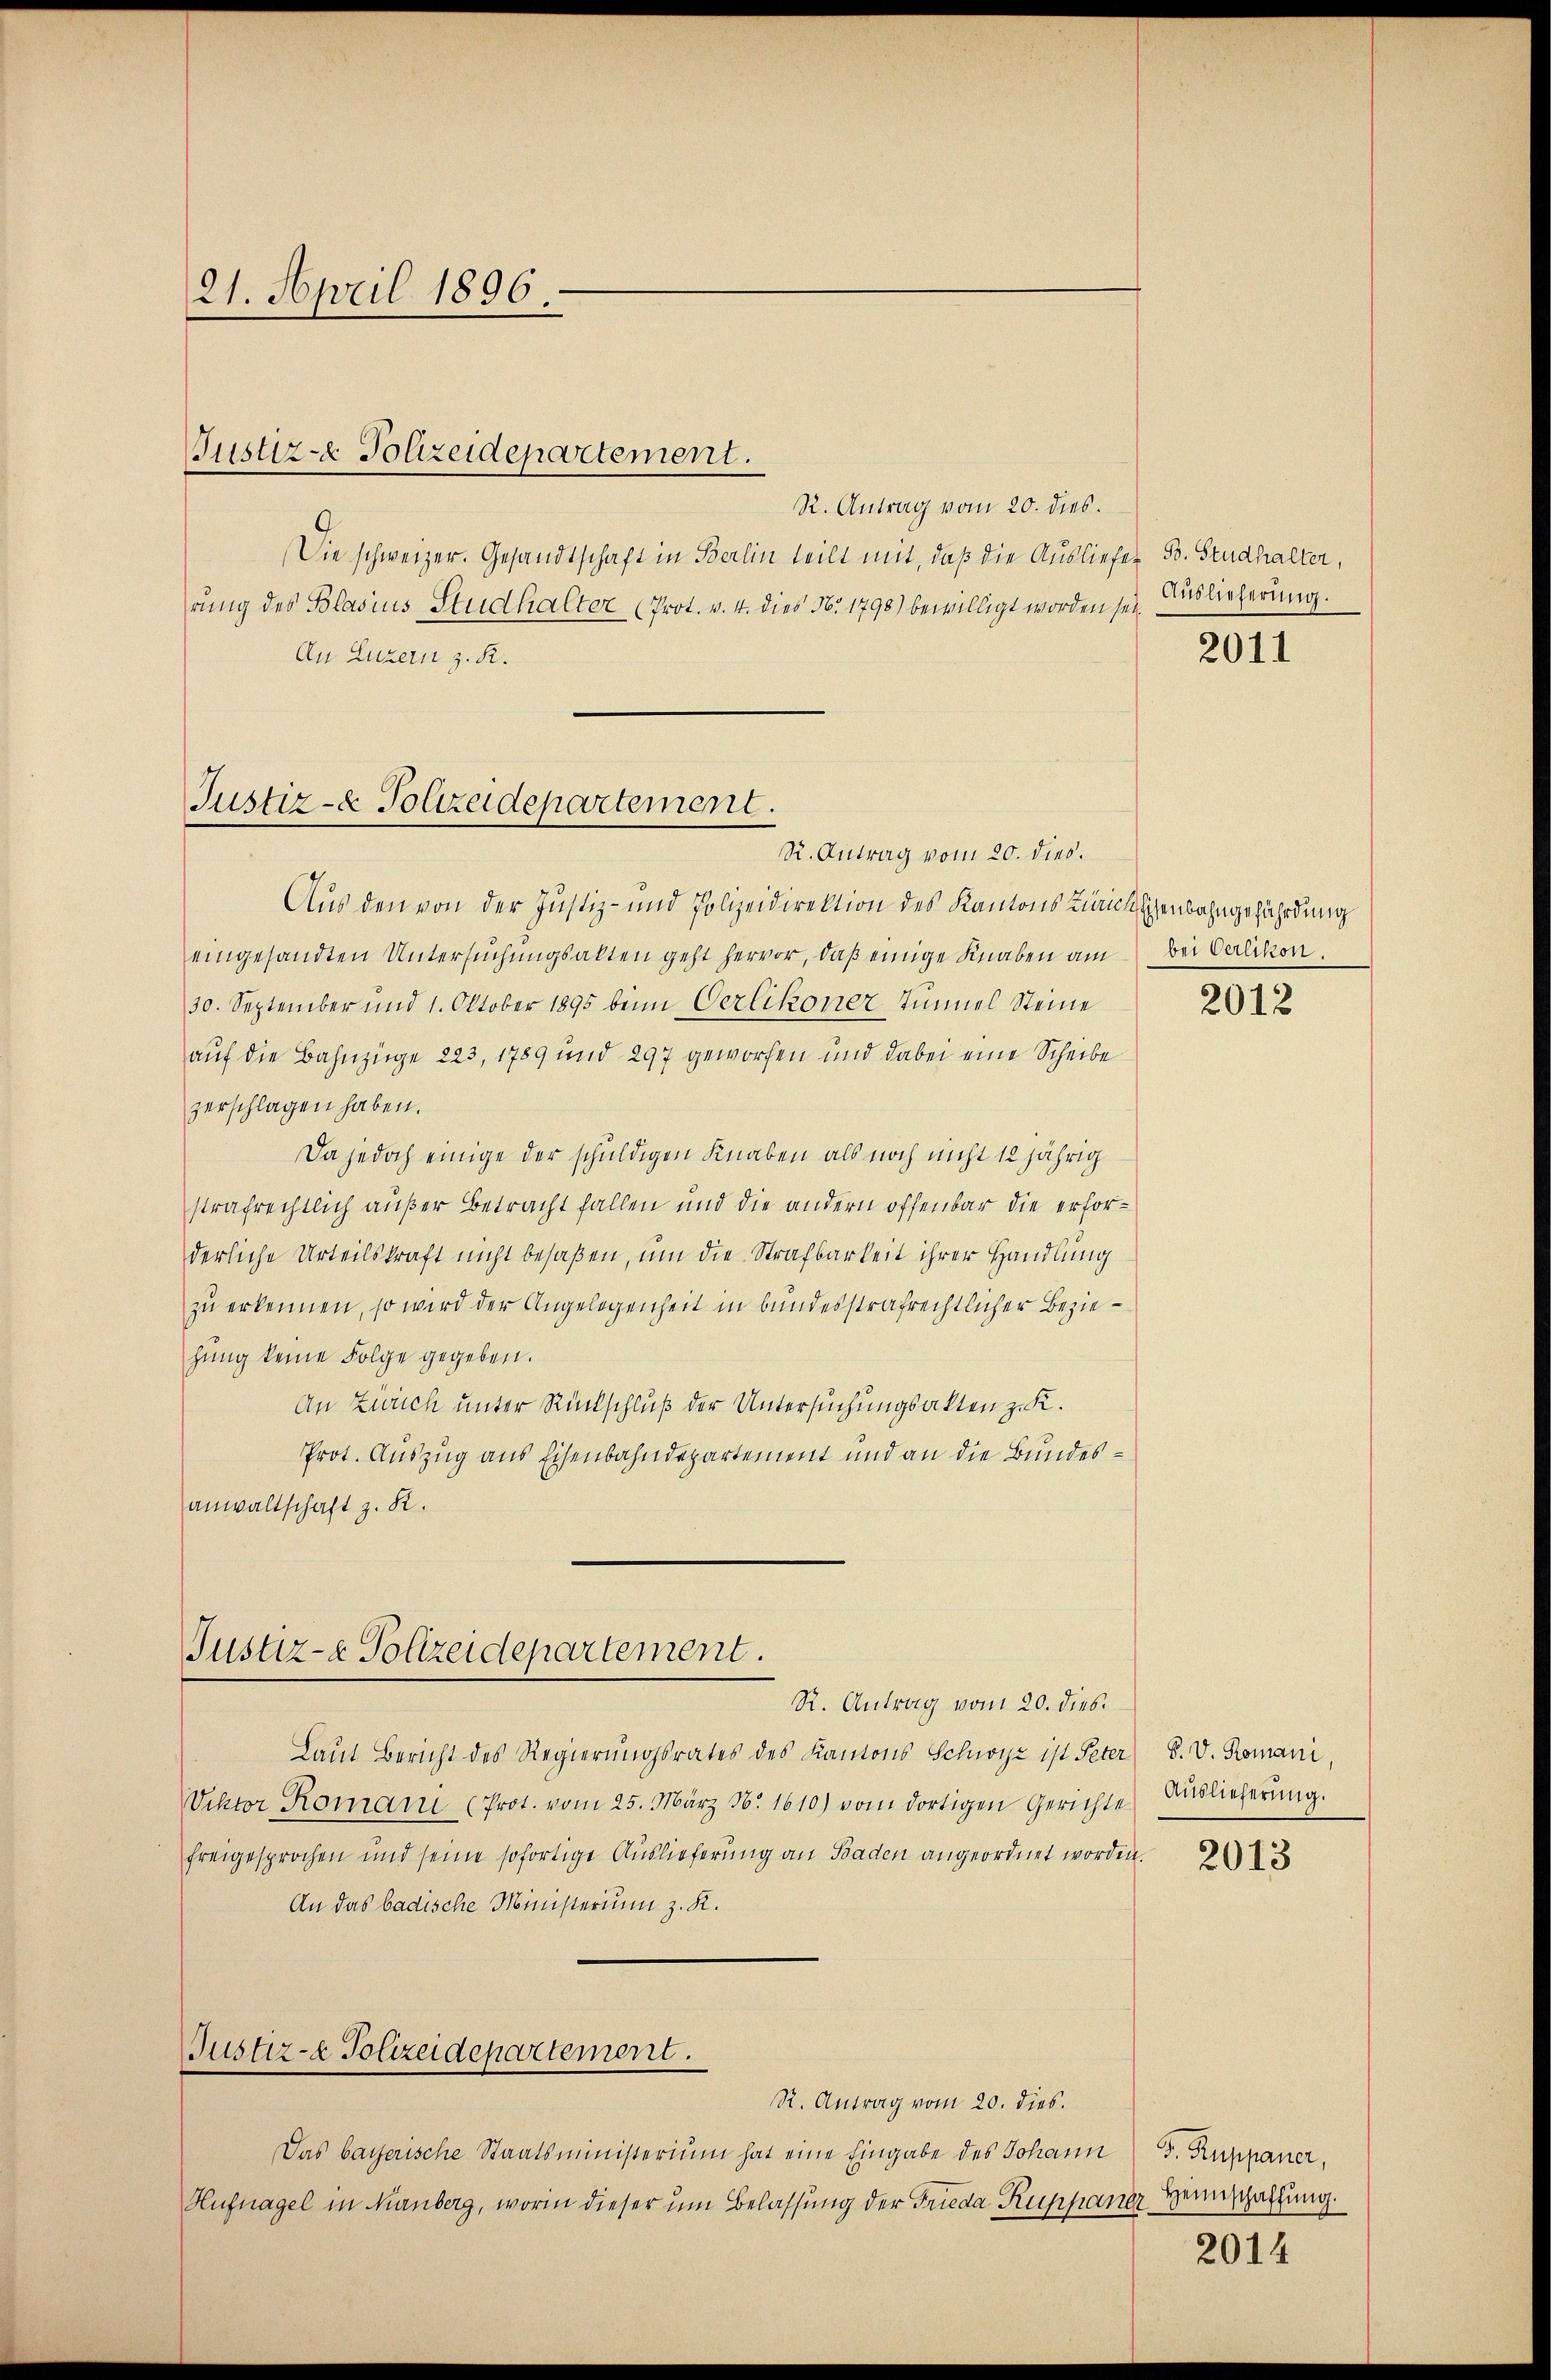
21. April 1896.

Justiz- & Polizeidepartement.

R. Antrag vom 20. dies.
Die schweizer. Gesandtschaft in Berlin teilt mit, daß die Ausliefer B. Studhalter,
rung des Blasius Studhalter (Prot. v. 4. dies No. 1798) bewilligt worden sei¬
An Luzern z. R.

Justiz- & Polizeidepartement.

Aus den von der Justiz- und Polizeidirektion des Kantons Zürich Eisenbahngefährdung
eingesandten Untersuchungsakten geht hervor, daß einige Knaben am bei Verlikon.
30. September und 1. Oktober 1895 beim Verlikoner Tunnel Steine
auf die Bahnzüge 223, 1789 und 297 geworfen und dabei eine Scheibe
zerschlagen haben.
Da jedoch einige der schuldigen Knaben als noch nicht 12jährig
strafrechtlich außer Betracht fallen und die andern offenbar die erforderliche Urteilskraft nicht besaßen, um die Strafbarkeit ihrer Handlung
zu erkennen, so wird der Angelegenheit in bundesstrafrechtlicher Beziehŭng keine Folge gegeben.
An Zürich unter Rückschluß der Untersuchungsakten z. K.
Prot. Auszug aus Eisenbahndepartement und an die Bundesanwaltschaft z. R.

R. Antrag vom 20. dies.

Justiz- & Polizeidepartement.
R. Antrag vom 20. dies

Justiz- & Polizeidepartement.

Laŭt Bericht des Regierŭngsrates des Kantons Schwyz ist Peter S. V. Romani,
Viktor Romani (Prot. vom 25. März N. 1610) vom dortigen Gerichte
freigesprochen und seine sofortige Auslieferung an Baden angeordnet worden.
An das badische Ministerium z. K.

R. Antrag vom 20. dies.
Das bayerische Staatsministerium hat eine Eingabe des Johann 5. Ruppaner,
Hufnagel in Nürnberg, worin dieser um Belassung der Frieda Ruppaner¬

Auslieferung.

2011

2012

Auslieferung.

2013

Heimschaffung.

2014